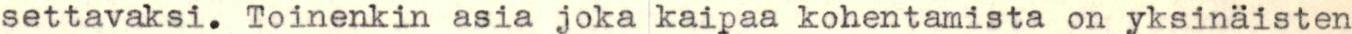
settavaksi. Toinenkin asia joka kaipaa kohentamista on yksinäisten